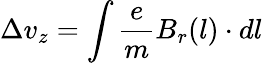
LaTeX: \Delta v_{z}=\int\frac{e}{m}B_{r}(l)\cdot dl